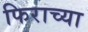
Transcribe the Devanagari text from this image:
फिराच्या